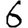
Digit: 6